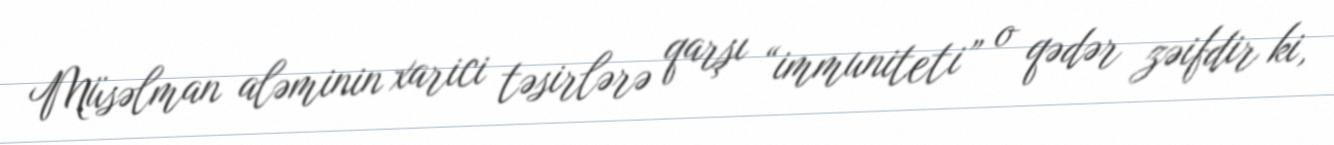
Müsəlman aləminin xarici təsirlərə qarşı “immuniteti” o qədər zəifdir ki,